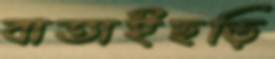
বাতাইছড়ি